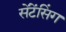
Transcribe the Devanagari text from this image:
सेंटेंसिंग